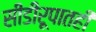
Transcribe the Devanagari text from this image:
सीडीरूपातही